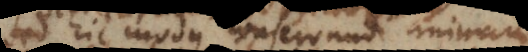
Verum hic modus conservandi animam,